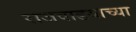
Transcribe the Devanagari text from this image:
राजवाडयाच्या